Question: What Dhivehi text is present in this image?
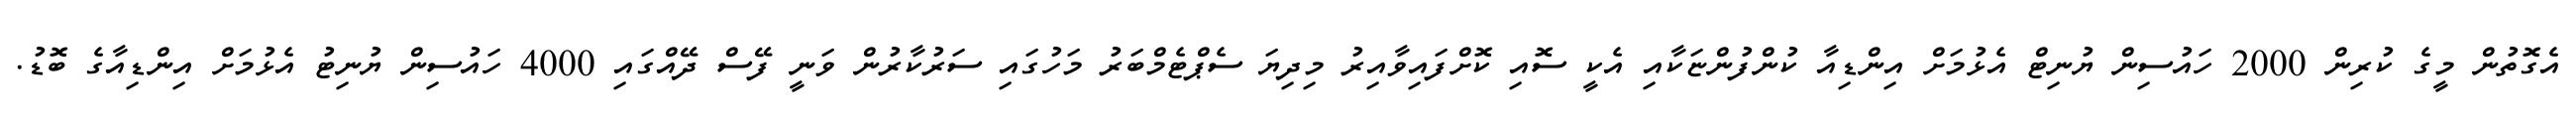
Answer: އެގޮތުން މީގެ ކުރިން 2000 ހައުސިން ޔުނިޓް އެޅުމަށް އިންޑިއާ ކުންފުންޏަކާއި އެކީ ސޮއި ކޮށްފައިވާއިރު މިދިޔަ ސެޕްޓެމްބަރު މަހުގައި ސަރުކާރުން ވަނީ ފޭސް ދޭއްގައި 4000 ހައުސިން ޔުނިޓު އެޅުމަށް އިންޑިއާގެ ބޮޑު.